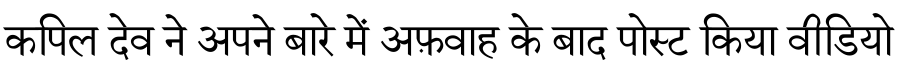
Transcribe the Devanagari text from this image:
कपिल देव ने अपने बारे में अफ़वाह के बाद पोस्ट किया वीडियो